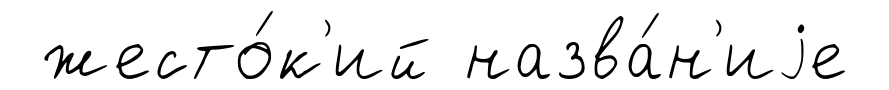
жесто́к'ий назва́н'иjе